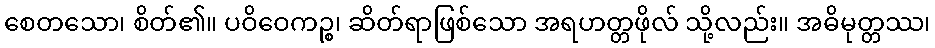
စေတသော၊ စိတ်၏။ ပဝိဝေကဉ္စ၊ ဆိတ်ရာဖြစ်သော အရဟတ္တဖိုလ် သို့လည်း။ အဓိမုတ္တဿ၊